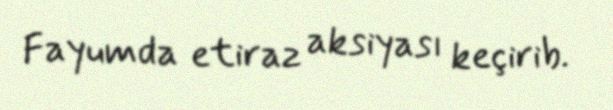
Fayumda etiraz aksiyası keçirib.